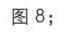
图 8;